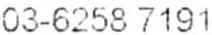
03-6258 7191